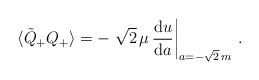
LaTeX: \begin{align*}\langle\tilde{Q}_{+}Q_{+}\rangle= -\left. \sqrt{2}\,\mu\,\frac{{\rm d} u}{{\rm d} a}\right|_{a=-\sqrt{2}\,m}\,.\end{align*}